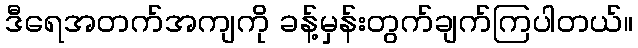
ဒီရေအတက်အကျကို ခန့်မှန်းတွက်ချက်ကြပါတယ်။